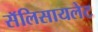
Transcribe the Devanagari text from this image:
सॅलिसायलेट